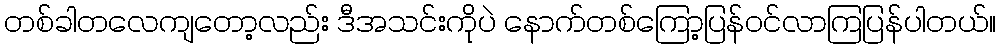
တစ်ခါတလေကျတော့လည်း ဒီအသင်းကိုပဲ နောက်တစ်ကြော့ပြန်ဝင်လာကြပြန်ပါတယ်။